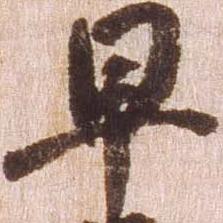
早